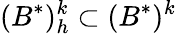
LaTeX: (B^{*})_{h}^{k}\subset(B^{*})^{k}